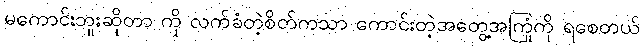
မကောင်းဘူးဆိုတာ ကို လက်ခံတဲ့စိတ်ကသာ ကောင်းတဲ့အတွေ့အကြုံကို ရစေတယ်